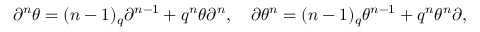
\partial ^ { n } \theta = ( n - 1 ) _ { q } \partial ^ { n - 1 } + q ^ { n } \theta \partial ^ { n } , \quad \partial \theta ^ { n } = ( n - 1 ) _ { q } \theta ^ { n - 1 } + q ^ { n } \theta ^ { n } \partial ,